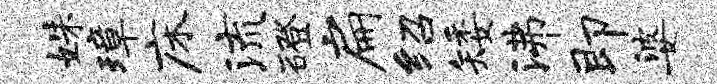
姝璋床流磴扁绍矮沸即婆